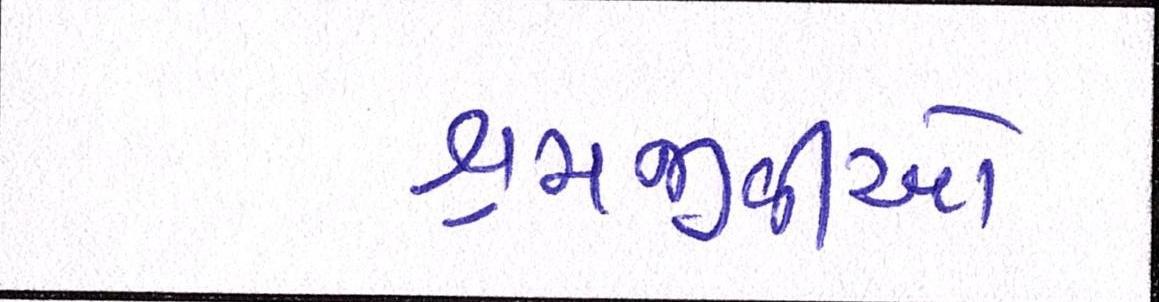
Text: શ્રમજીવીઓ